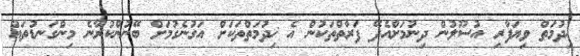
ޚިދުމަތް ވިޔަފާރި އުސޫލުން ދިނުމަށްއެދޭ ފަރާތްތަކުން އެ ޚިދުމަތްތަކަށް އަގުނެގުމަށް ބޭނުންކުރާނެ މިންގަނޑުތައް